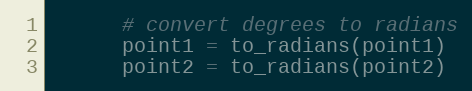
Language: Ruby
      # convert degrees to radians
      point1 = to_radians(point1)
      point2 = to_radians(point2)